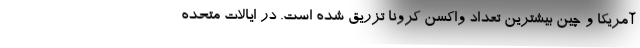
آمریکا و چین بیشترین تعداد واکسن کرونا تزریق شده است. در ایالات متحده